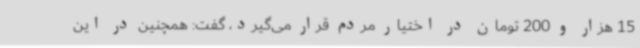
15 هزار و 200 تومان در اختیار مردم قرار می‌گیرد، گفت: همچنین در این